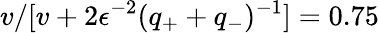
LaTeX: v/[v+2\epsilon^{-2}(q_{+}+q_{-})^{-1}]=0.75